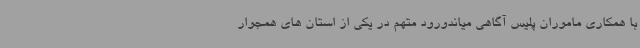
با همکاری ماموران پلیس آگاهی میاندورود متهم در یکی از استان های همجوار